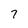
Character: 7